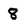
Character: 8